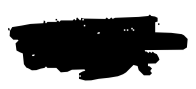
Text: and
Cross-out: scratch
Writing tool: digital_black